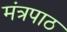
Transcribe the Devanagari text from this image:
मंत्रपाठ